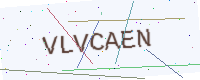
Text: VLVCAEN